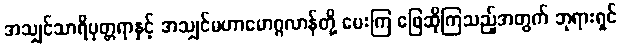
အသျှင်သာရိပုတ္တရာနှင့် အသျှင်မဟာမောဂ္ဂလာန်တို့ မေးကြ ဖြေဆိုကြသည့်အတွက် ဘုရားရှင်